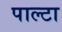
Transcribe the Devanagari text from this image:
पाल्टा